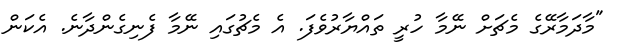
"މާދަމާރޭގެ މެޗަށް ނޭމާ ހުރީ ތައްޔާރުވެފަ. އެ މެޗުގައި ނޭމާ ފެނިގެންދާނެ. އެކަން